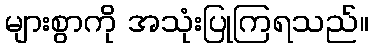
များစွာကို အသုံးပြုကြရသည်။